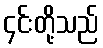
၄င်းတို့သည်